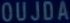
OUJDA